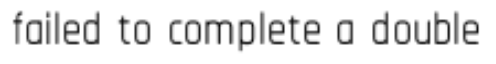
failed to complete a double